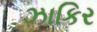
ઝાકિર